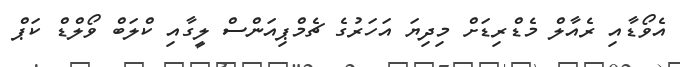
އެވޯޑާއި ރެއާލް މެޑްރިޑަށް މިދިޔަ އަހަރުގެ ޗެމްޕިއަންސް ލީގާއި ކްލަބް ވޯލްޑް ކަޕް